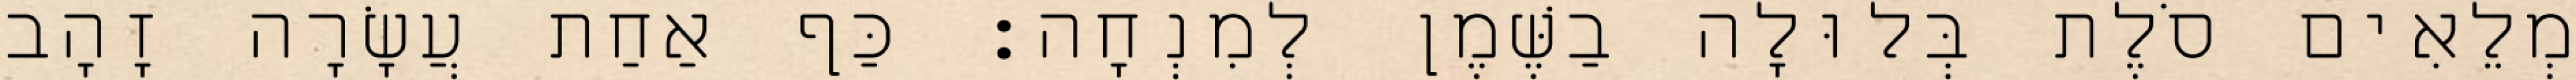
מְלֵאִים סֹלֶת בְּלוּלָה בַשֶּׁמֶן לְמִנְחָה׃ כַּף אַחַת עֲשָׂרָה זָהָב